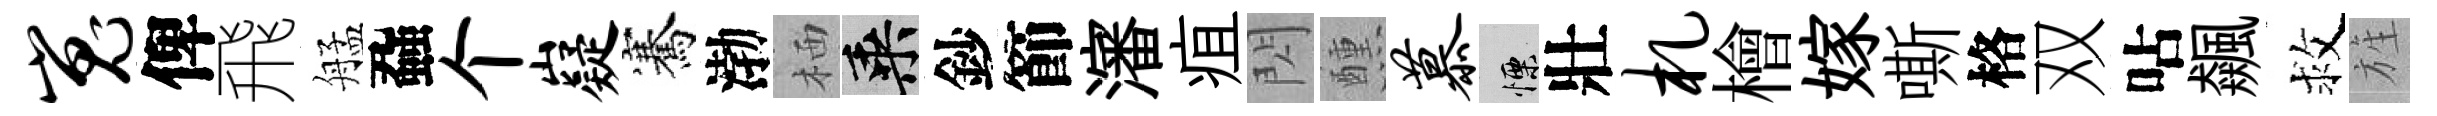
嵬俾飛艋蝨个嶷騫渤栖乘鈔節瀋疽閃醺慕慄壯札檜嫁嘶格双呫飆救旌